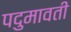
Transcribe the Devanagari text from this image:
पदुमावती